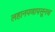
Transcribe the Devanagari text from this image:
लहानपणापसूनच